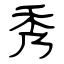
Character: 秀